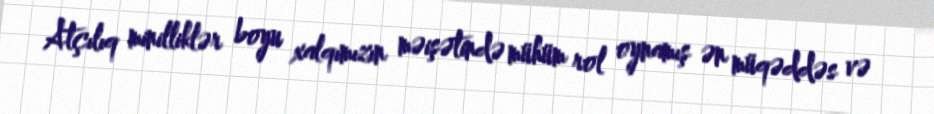
Atçılıq minilliklər boyu xalqımızın məişətində mühüm rol oynamış ən müqəddəs və